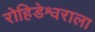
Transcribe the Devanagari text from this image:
रोहिडेश्वराला